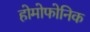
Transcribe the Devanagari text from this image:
होमोफोनिक